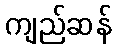
ကျည်ဆန်